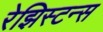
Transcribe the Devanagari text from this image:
रेझिस्टन्स